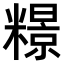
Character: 𫃏